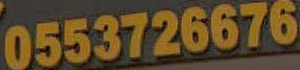
0553726676